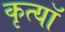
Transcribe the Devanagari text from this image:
कृत्यॉ